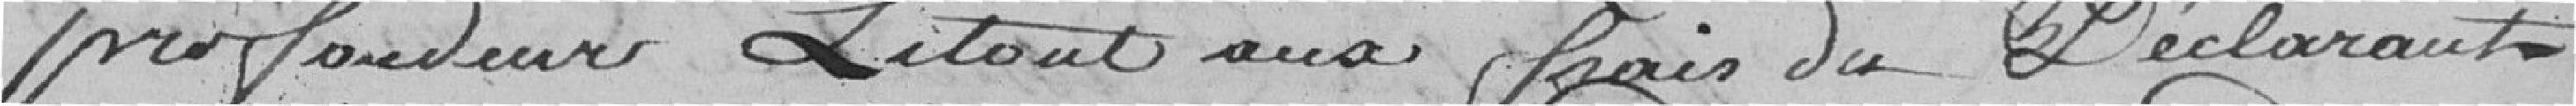
profondeur Le tout aux frais du déclarant